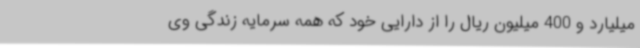
میلیارد و 400 میلیون ریال را از دارایی خود که همه سرمایه زندگی وی